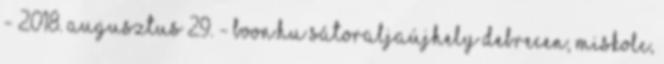
- 2018. augusztus 29. - boon.hu Sátoraljaújhely Debrecen, Miskolc,